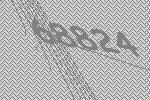
68824